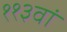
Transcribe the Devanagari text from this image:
११३वां